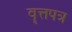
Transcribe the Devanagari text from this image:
वॄत्तपत्र